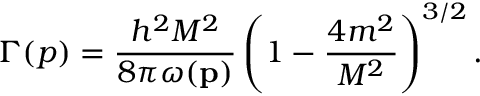
\Gamma ( p ) = \frac { h ^ { 2 } M ^ { 2 } } { 8 \pi \omega ( \bf p ) } \left( 1 - \frac { 4 m ^ { 2 } } { M ^ { 2 } } \right) ^ { 3 / 2 } .